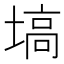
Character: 塙